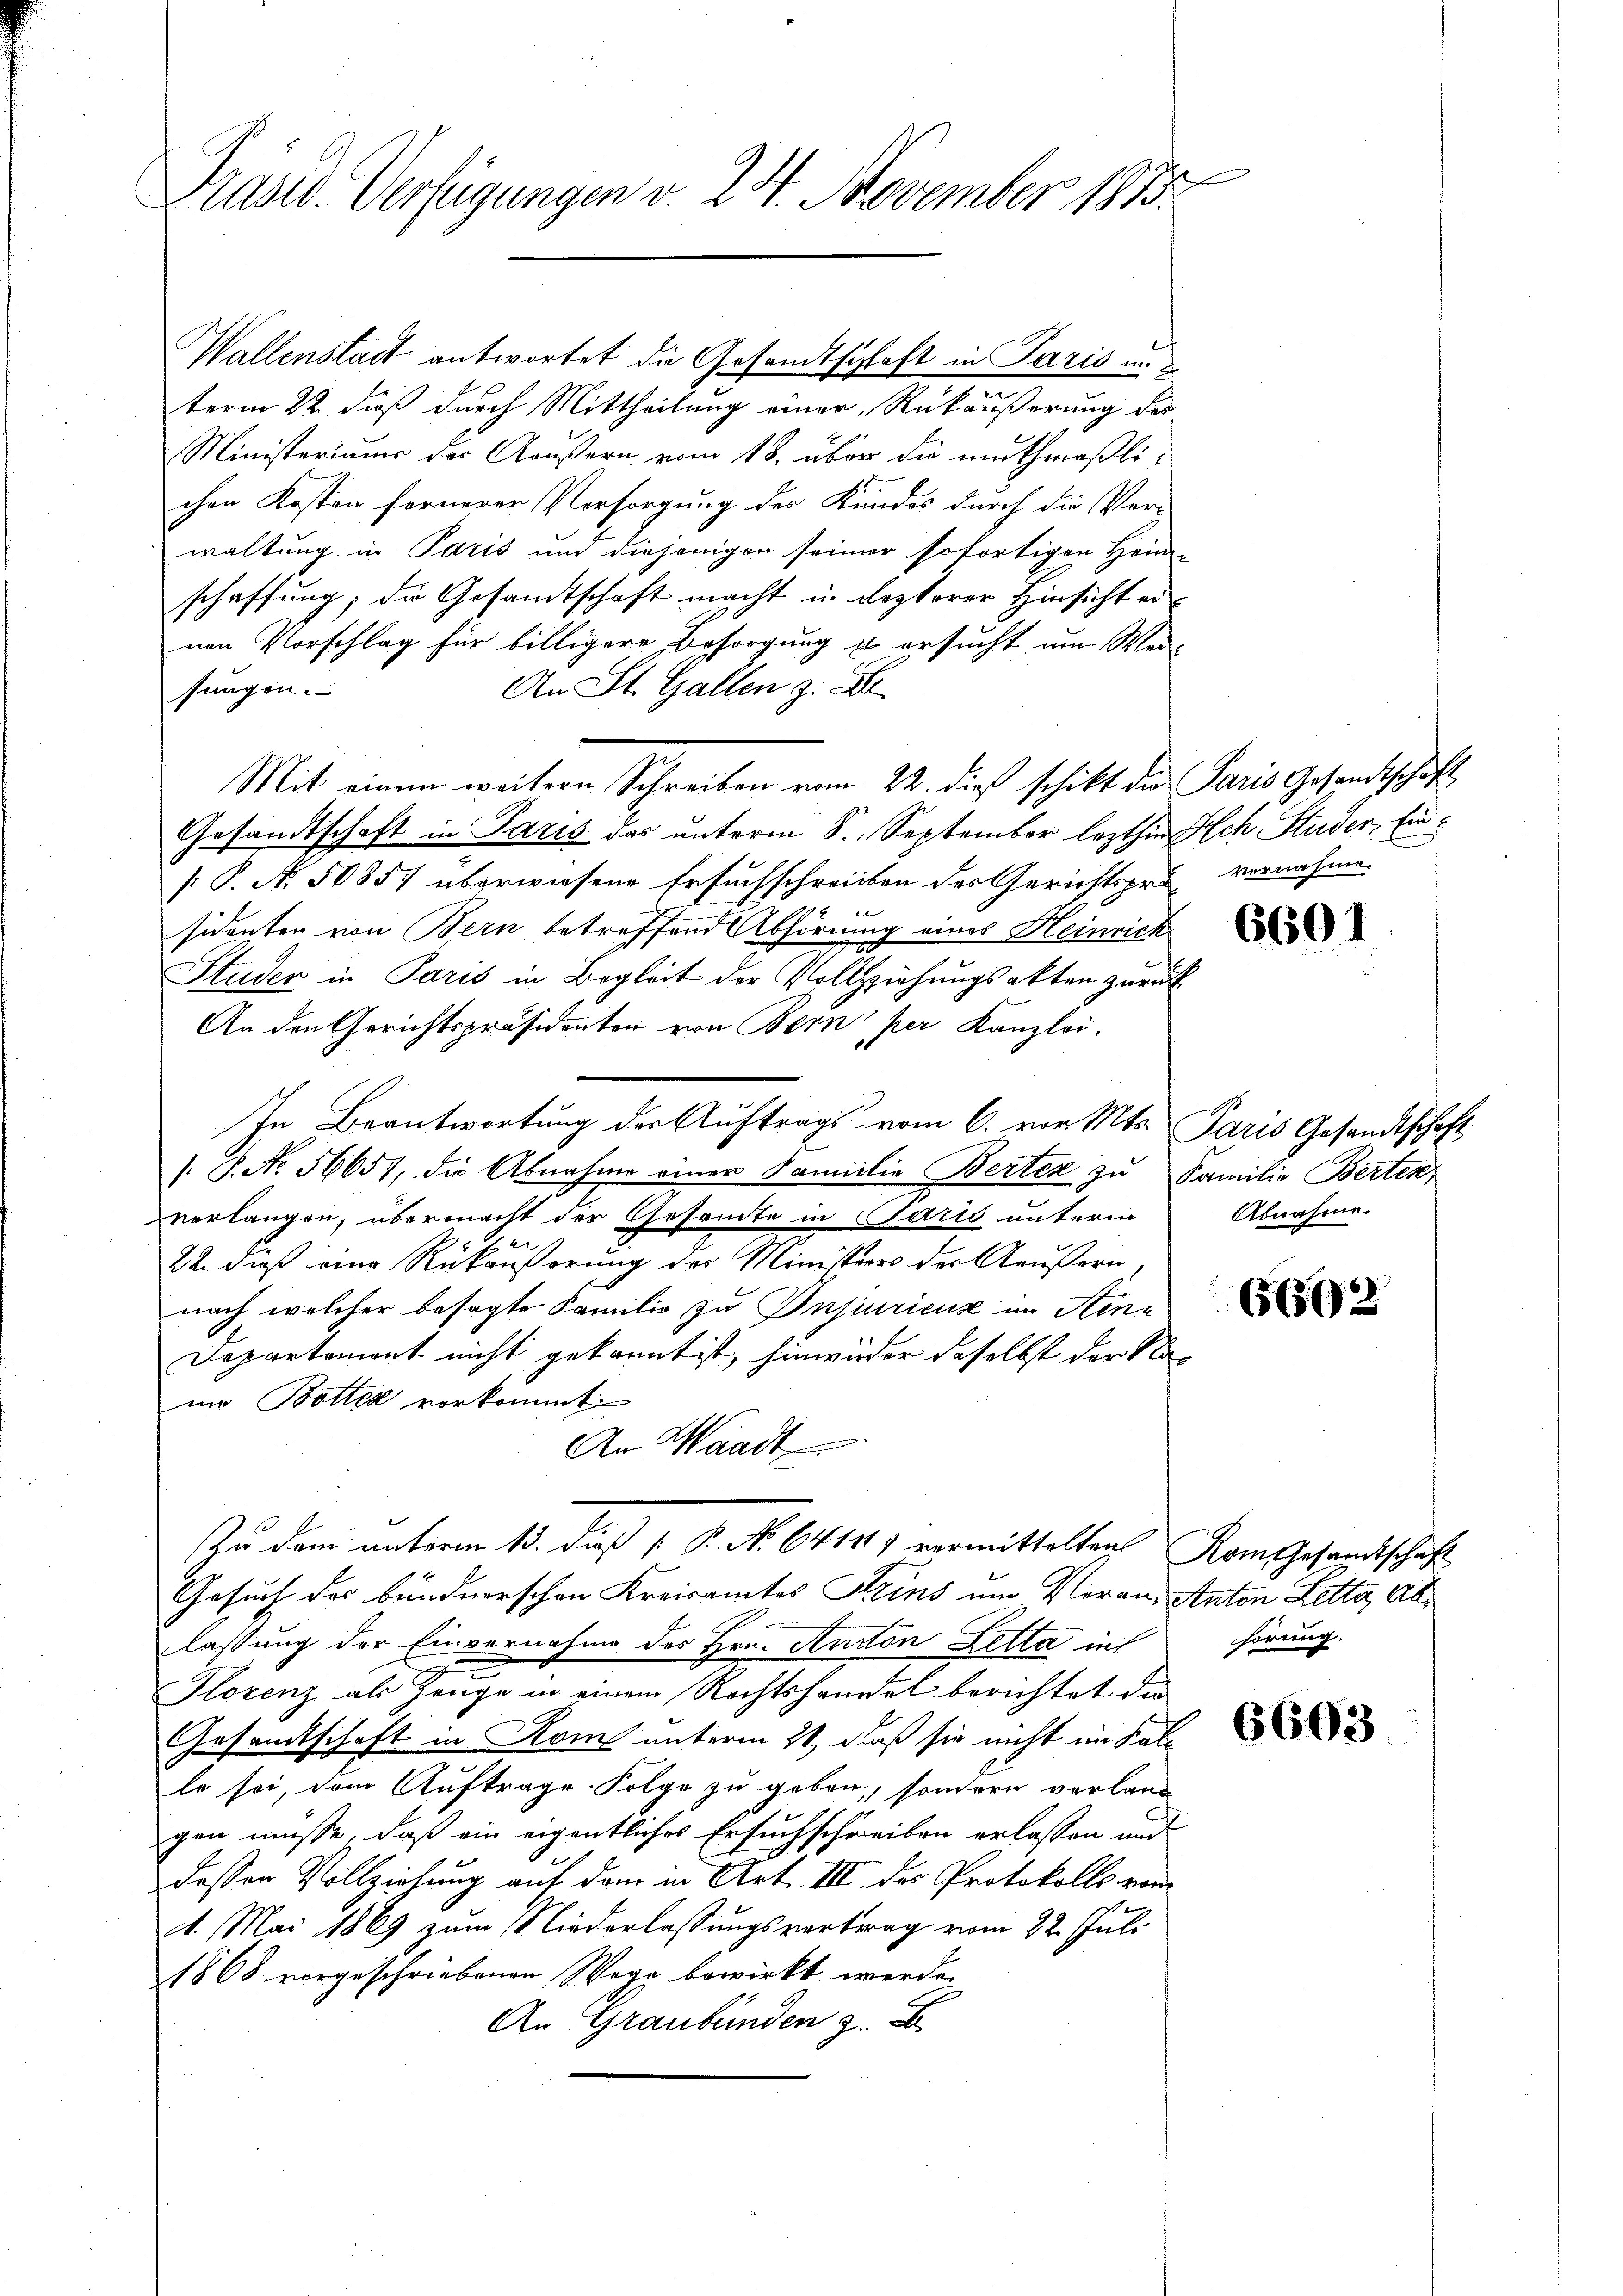
d
Präsid. Verfügungen v. 24. November 1815.

Wallenstadt antwortet die Gesandtschlaft in Paris unterm 22. daß durch Mittheilung einer Rückäußerung des
Ministeriums des Aeußern vom 18. über die muthmaßlichen Kosten fernerer Vorsorgung des Kundes durch die Verwaltung in Paris und diejenigen seiner sofortigen Heim-
schaffung, die Gesandtschaft macht in Lezterer Hinsicht eiven Vorschlag für billigere Besorgung u ersucht um Wei-
sungen.
An St. Gallen z. B.
Mit einem weitern Schreiben vom 22. dieß schikt die Paris Gesandtschaft
Gesandtschaft in Paris das unterm S. September lezthin Ach Studer, Ein¬
[: P. N. 50857 überwiesene Ersuchschreiben des Gerichtsprä- vernahme.
sidenten von Bern betreffend Abhörung eines Heinrich
Studer in Paris in Begleit der Vollziehungsakten zurück
An den Gerichtspräsidenten von Bern per Kanzlei-
In Beantwortung der Auftrags vom 6. vor. Mts. Paris Gesandtschaft
/. P. Nr. 5665), die Abnahme einer Familie Berten zu Familie Berten,
verlangen, übermacht der Gesandte in Paris unterm
22. dieß eine Rückäußerung des Ministrers der Aeußern
nach welcher besagte Familie zu Insiuricus im Hin¬
Departement nicht gekannt ist, hinwider daselbst der kla
nm Botter vorkommt.
An Waadt
Zu dem unterm 15. dieß P. P. No. 64111) vermittelten Rom Gesandtschaft
Gesuch des bundnerschen Kreisamtes Strins um Veran. Anton Letta, Ab¬
2
lassung der Einvernahme des Hrn. Anton Zetta int
Florenz als Zeuge in einem Rechtshandel berichtet der
Gesandtschaft in Rom unterm 21. daß sie nicht im Kallle sei, dem Auftrage Folge zu geben, sondern verlang
gen müsse, daß ein eigentliches Ersuchschreiben erlassen und
dessen Vollziehung auf dem in Art. III des Protokolls vom
21. Mai 1869 zum Niederlassungsvortrag vom 22. Juli
1868 vorgeschriebenen Wege bewirkt werde.
An Graubünden z. B.

6601

Abnahme.

66502

hörung.

6603